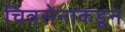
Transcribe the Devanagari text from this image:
चित्रसेनाकडून